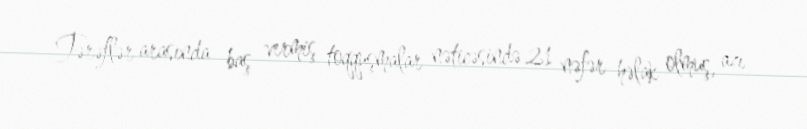
Tərəflər arasında baş vermiş toqquşmalar nəticəsində 21 nəfər həlak olmuş, azı